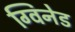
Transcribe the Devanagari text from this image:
ग्विनेड